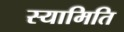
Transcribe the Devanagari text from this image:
स्यामिति